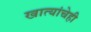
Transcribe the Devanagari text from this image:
खात्यांचेही